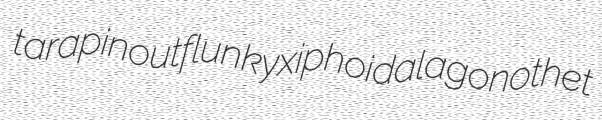
tarapin outflunky xiphoidal agonothet